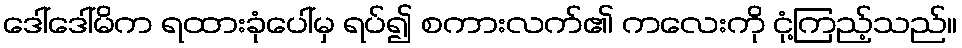
ဒေါ်ဒေါ်မိက ရထားခုံပေါ်မှ ရပ်၍ စကားလက်၏ ကလေးကို ငုံ့ကြည့်သည်။